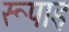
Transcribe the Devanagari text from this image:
रूपाइ